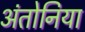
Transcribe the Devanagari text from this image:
अंतोनिया